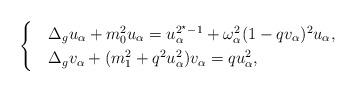
LaTeX: \begin{align*}\begin{cases}&\Delta_g u_\alpha+m_0^2 u_\alpha=u_\alpha^{2^\star-1}+\omega_\alpha^2(1-qv_\alpha)^2 u_\alpha,\\&\Delta_g v_\alpha+(m_1^2+q^2u_\alpha^2) v_\alpha= q u_\alpha^2,\end{cases}\end{align*}